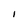
Character: I